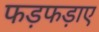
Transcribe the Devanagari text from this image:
फड़फड़ाए